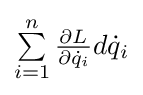
\textstyle \sum \limits _{i=1}^{n}{\frac {\partial L}{\partial {\dot {q}}_{i}}}d{\dot {q}}_{i}